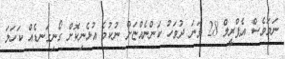
ނަމަވެސް އެޕްރީލް 28 ވަނަ ދުވަހު ކަންނެއްޏަށް ނުކުމެ އުޅެނިކޮށް ގޯނިގަނޑެއް ކަހަލަ